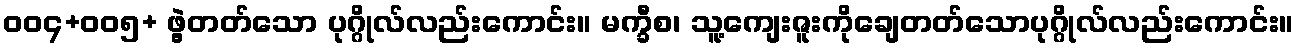
ဝဝ၄+ဝဝ၅+ ဖွဲ့တတ်သော ပုဂ္ဂိုလ်လည်းကောင်း။ မက္ခီစ၊ သူ့ကျေးဇူးကိုချေတတ်သောပုဂ္ဂိုလ်လည်းကောင်း။